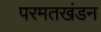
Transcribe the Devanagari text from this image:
परमतखंडन